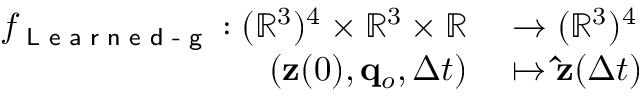
\begin{array} { r l } { f _ { \textsf { L e a r n e d - g } } : ( \mathbb R ^ { 3 } ) ^ { 4 } \times \mathbb { R } ^ { 3 } \times \mathbb R } & { { } \to ( \mathbb R ^ { 3 } ) ^ { 4 } } \\ { ( \mathbf { z } ( 0 ) , \mathbf { q } _ { o } , \Delta t ) } & { { } \mapsto \mathbf { \hat { z } } ( \Delta t ) } \end{array}